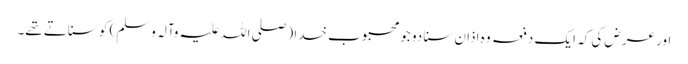
اور عرض کی کہ ایک دفعہ وہ اذان سنا دو جو محبوب خدا (صلی اللہ علیہ وآلہ وسلم) کو سناتے تھے۔